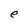
Character: e